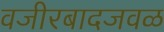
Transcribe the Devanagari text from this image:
वजीरबादजवळ